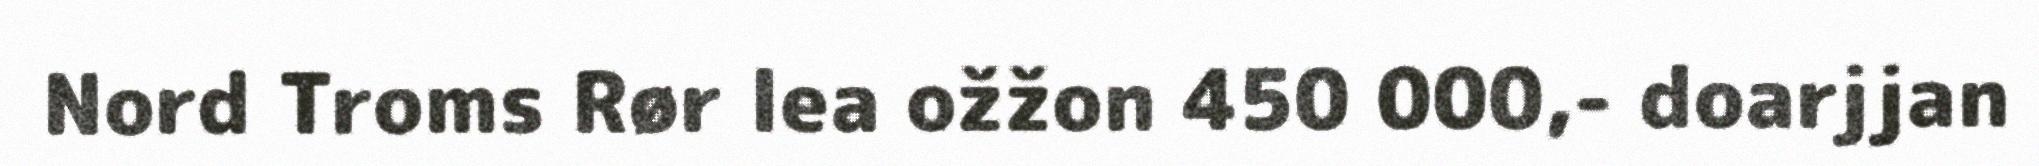
Nord Troms Rør lea ožžon 450 000,- doarjjan